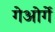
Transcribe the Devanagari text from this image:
गेओर्गे